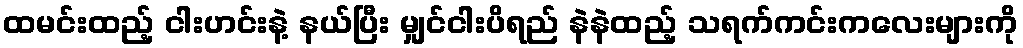
ထမင်းထည့် ငါးဟင်းနဲ့ နယ်ပြီး မျှင်ငါးပိရည် နဲနဲထည့် သရက်ကင်းကလေးများကို